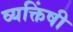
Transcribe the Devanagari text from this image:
व्यक्तिंषी